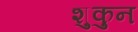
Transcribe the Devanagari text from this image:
शुकुन